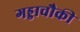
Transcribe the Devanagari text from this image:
गड्डाचौकी